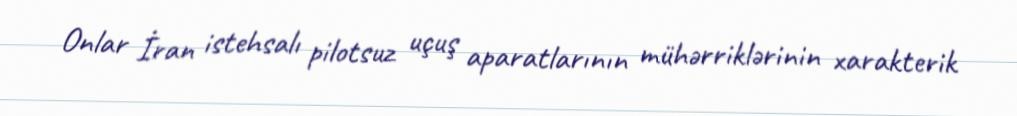
Onlar İran istehsalı pilotsuz uçuş aparatlarının mühərriklərinin xarakterik